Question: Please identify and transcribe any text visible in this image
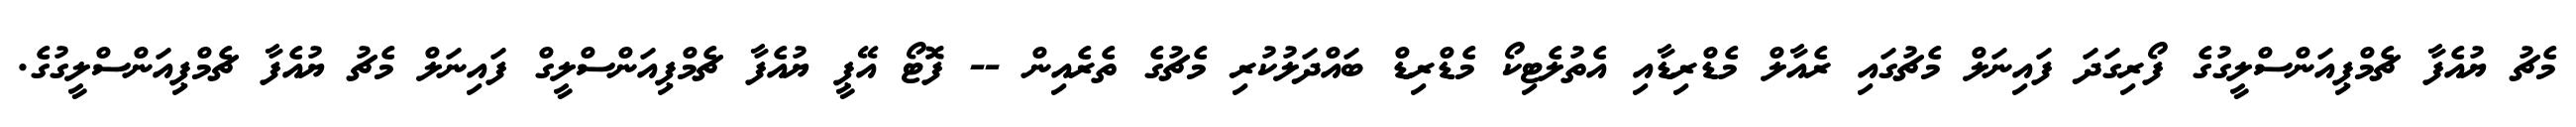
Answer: މެޗު ޔުއެފާ ޗެމްޕިއަންސްލީގުގެ ފޯރިގަދަ ފައިނަލް މެޗުގައި ރެއާލް މެޑްރިޑާއި އެތުލެޓިކޯ މެޑްރިޑް ބައްދަލުކުރި މެޗުގެ ތެރެއިން -- ފޮޓޯ އޭޕީ ޔުއެފާ ޗެމްޕިއަންސްލީގް ފައިނަލް މެޗު ޔުއެފާ ޗެމްޕިއަންސްލީގުގެ.